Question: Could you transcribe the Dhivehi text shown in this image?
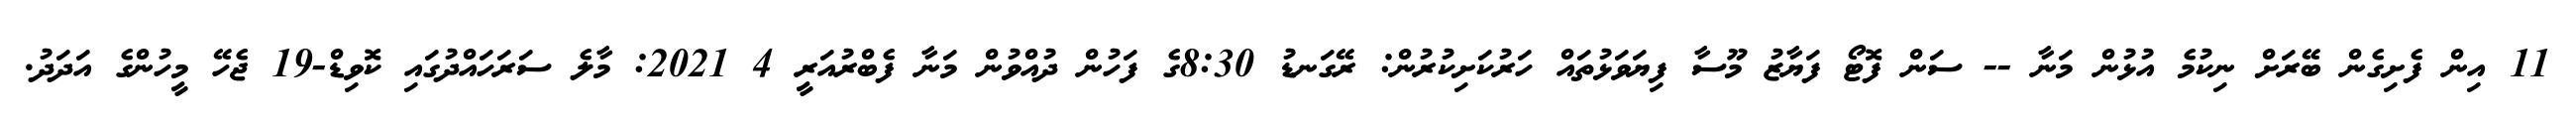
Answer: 11 އިން ފެށިގެން ބޭރަށް ނިކުމެ އުޅުން މަނާ -- ސަން ފޮޓޯ ފަޔާޒު މޫސާ ފިޔަވަޅުތައް ހަރުކަށިކުރުން: ރޭގަނޑު 8:30ގެ ފަހުން ދުއްވުން މަނާ ފެބްރުއަރީ 4 2021: މާލެ ސަރަހައްދުގައި ކޮވިޑް-19 ޖެހޭ މީހުންގެ އަދަދު.